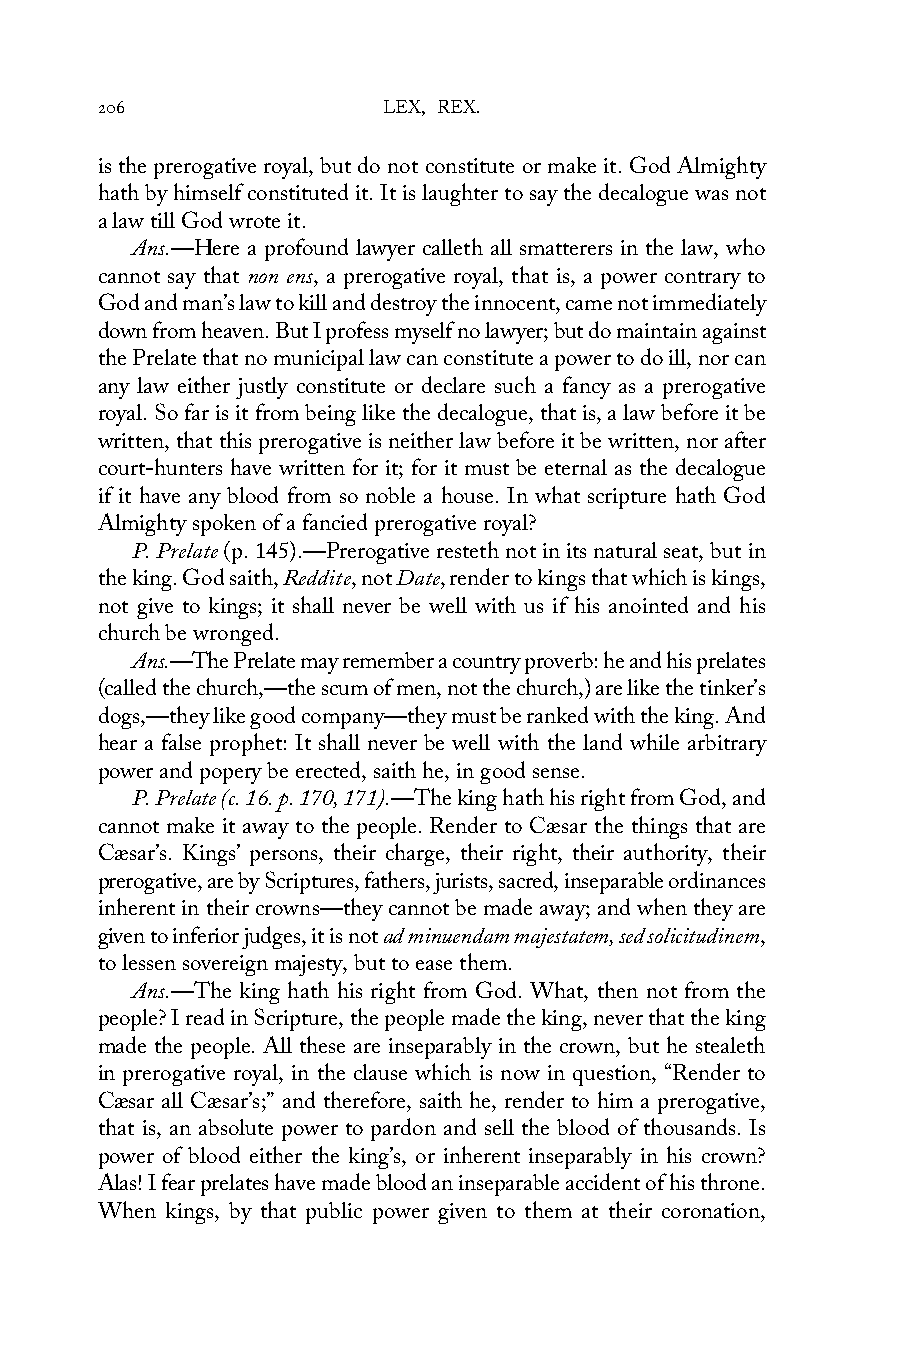
206                LEX, REX.
 is the prerogative royal, but do not constitute or make it. God Almighty
 hath by himself constituted it. It is laughter to say the decalogue was not
 a law till God wrote it.
 Ans.—Here a profound lawyer calleth all smatterers in the law, who
 cannot say that non ens, a prerogative royal, that is, a power contrary to
 God and man’s law to kill and destroy the innocent, came not immediately
 down from heaven. But I profess myself no lawyer; but do maintain against
 the Prelate that no municipal law can constitute a power to do ill, nor can
 any law either justly constitute or declare such a fancy as a prerogative
 royal. So far is it from being like the decalogue, that is, a law before it be
 written, that this prerogative is neither law before it be written, nor after
 court-hunters have written for it; for it must be eternal as the decalogue
 if it have any blood from so noble a house. In what scripture hath God
 Almighty spoken of a fancied prerogative royal?
 P. Prelate (p. 145).—Prerogative resteth not in its natural seat, but in
 the king. God saith, Reddite, not Date, render to kings that which is kings,
 not give to kings; it shall never be well with us if his anointed and his
 church be wronged.
 Ans.—The Prelate may remember a country proverb: he and his prelates
 (called the church,—the scum of men, not the church,) are like the tinker’s
 dogs,—they like good company—they must be ranked with the king. And
 hear a false prophet: It shall never be well with the land while arbitrary
 power and popery be erected, saith he, in good sense.
 P. Prelate (c. 16. p. 170, 171).—The king hath his right from God, and
 cannot make it away to the people. Render to Cæsar the things that are
 Cæsar’s. Kings’ persons, their charge, their right, their authority, their
 prerogative, are by Scriptures, fathers, jurists, sacred, inseparable ordinances
 inherent in their crowns—they cannot be made away; and when they are
 given to inferior judges, it is not ad minuendam majestatem, sed solicitudinem,
 to lessen sovereign majesty, but to ease them.
 Ans.—The king hath his right from God. What, then not from the
 people? I read in Scripture, the people made the king, never that the king
 made the people. All these are inseparably in the crown, but he stealeth
 in prerogative royal, in the clause which is now in question, “Render to
 Cæsar all Cæsar’s;” and therefore, saith he, render to him a prerogative,
 that is, an absolute power to pardon and sell the blood of thousands. Is
 power of blood either the king’s, or inherent inseparably in his crown?
 Alas! I fear prelates have made blood an inseparable accident of his throne.
 When kings, by that public power given to them at their coronation,